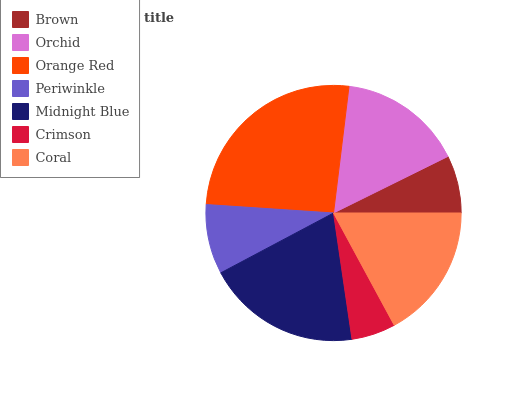
| Brown | Orchid | Orange Red | Periwinkle | Midnight Blue | Crimson | Coral |
 | --- | --- | --- | --- | --- | --- | --- |
 | 7.3% | 15.8% | 25.9% | 8.82% | 19.6% | 5.59% | 17% |